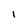
Character: I